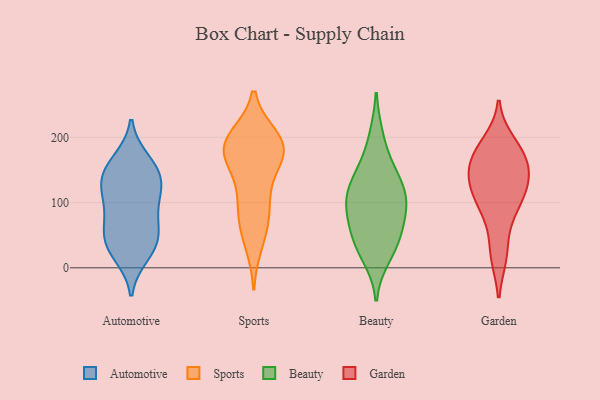
{"axis": {"x": "Latency (ms)", "y": "Value"}, "legend": ["Automotive", "Beauty", "Garden", "Sports"], "data": [{"x": "", "y": 39, "type": "Automotive"}, {"x": "", "y": 46, "type": "Automotive"}, {"x": "", "y": 134, "type": "Automotive"}, {"x": "", "y": 130, "type": "Automotive"}, {"x": "", "y": 85, "type": "Automotive"}, {"x": "", "y": 156, "type": "Automotive"}, {"x": "", "y": 29, "type": "Automotive"}, {"x": "", "y": 164, "type": "Automotive"}, {"x": "", "y": 117, "type": "Automotive"}, {"x": "", "y": 20, "type": "Automotive"}, {"x": "", "y": 54, "type": "Automotive"}, {"x": "", "y": 76, "type": "Automotive"}, {"x": "", "y": 148, "type": "Automotive"}, {"x": "", "y": 111, "type": "Automotive"}, {"x": "", "y": 188, "type": "Sports"}, {"x": "", "y": 114, "type": "Sports"}, {"x": "", "y": 188, "type": "Sports"}, {"x": "", "y": 168, "type": "Sports"}, {"x": "", "y": 102, "type": "Sports"}, {"x": "", "y": 186, "type": "Sports"}, {"x": "", "y": 164, "type": "Sports"}, {"x": "", "y": 80, "type": "Sports"}, {"x": "", "y": 38, "type": "Sports"}, {"x": "", "y": 194, "type": "Sports"}, {"x": "", "y": 63, "type": "Sports"}, {"x": "", "y": 199, "type": "Sports"}, {"x": "", "y": 176, "type": "Sports"}, {"x": "", "y": 148, "type": "Beauty"}, {"x": "", "y": 40, "type": "Beauty"}, {"x": "", "y": 94, "type": "Beauty"}, {"x": "", "y": 144, "type": "Beauty"}, {"x": "", "y": 200, "type": "Beauty"}, {"x": "", "y": 55, "type": "Beauty"}, {"x": "", "y": 118, "type": "Beauty"}, {"x": "", "y": 114, "type": "Beauty"}, {"x": "", "y": 90, "type": "Beauty"}, {"x": "", "y": 41, "type": "Beauty"}, {"x": "", "y": 18, "type": "Beauty"}, {"x": "", "y": 93, "type": "Beauty"}, {"x": "", "y": 79, "type": "Garden"}, {"x": "", "y": 139, "type": "Garden"}, {"x": "", "y": 96, "type": "Garden"}, {"x": "", "y": 191, "type": "Garden"}, {"x": "", "y": 153, "type": "Garden"}, {"x": "", "y": 134, "type": "Garden"}, {"x": "", "y": 20, "type": "Garden"}, {"x": "", "y": 175, "type": "Garden"}, {"x": "", "y": 176, "type": "Garden"}, {"x": "", "y": 115, "type": "Garden"}, {"x": "", "y": 177, "type": "Garden"}, {"x": "", "y": 22, "type": "Garden"}, {"x": "", "y": 100, "type": "Garden"}, {"x": "", "y": 126, "type": "Garden"}, {"x": "", "y": 151, "type": "Garden"}]}